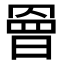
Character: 𭧀